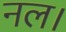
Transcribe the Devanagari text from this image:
नल।